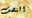
النصف